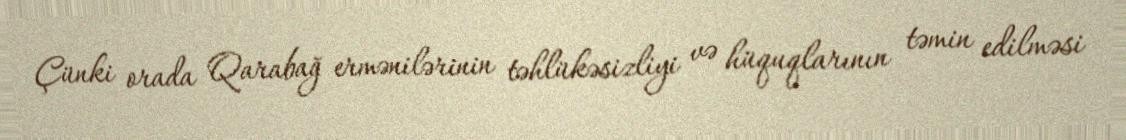
Çünki orada Qarabağ ermənilərinin təhlükəsizliyi və hüquqlarının təmin edilməsi